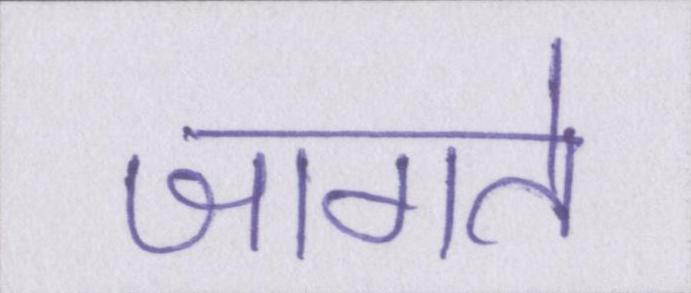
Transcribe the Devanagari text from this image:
जागते